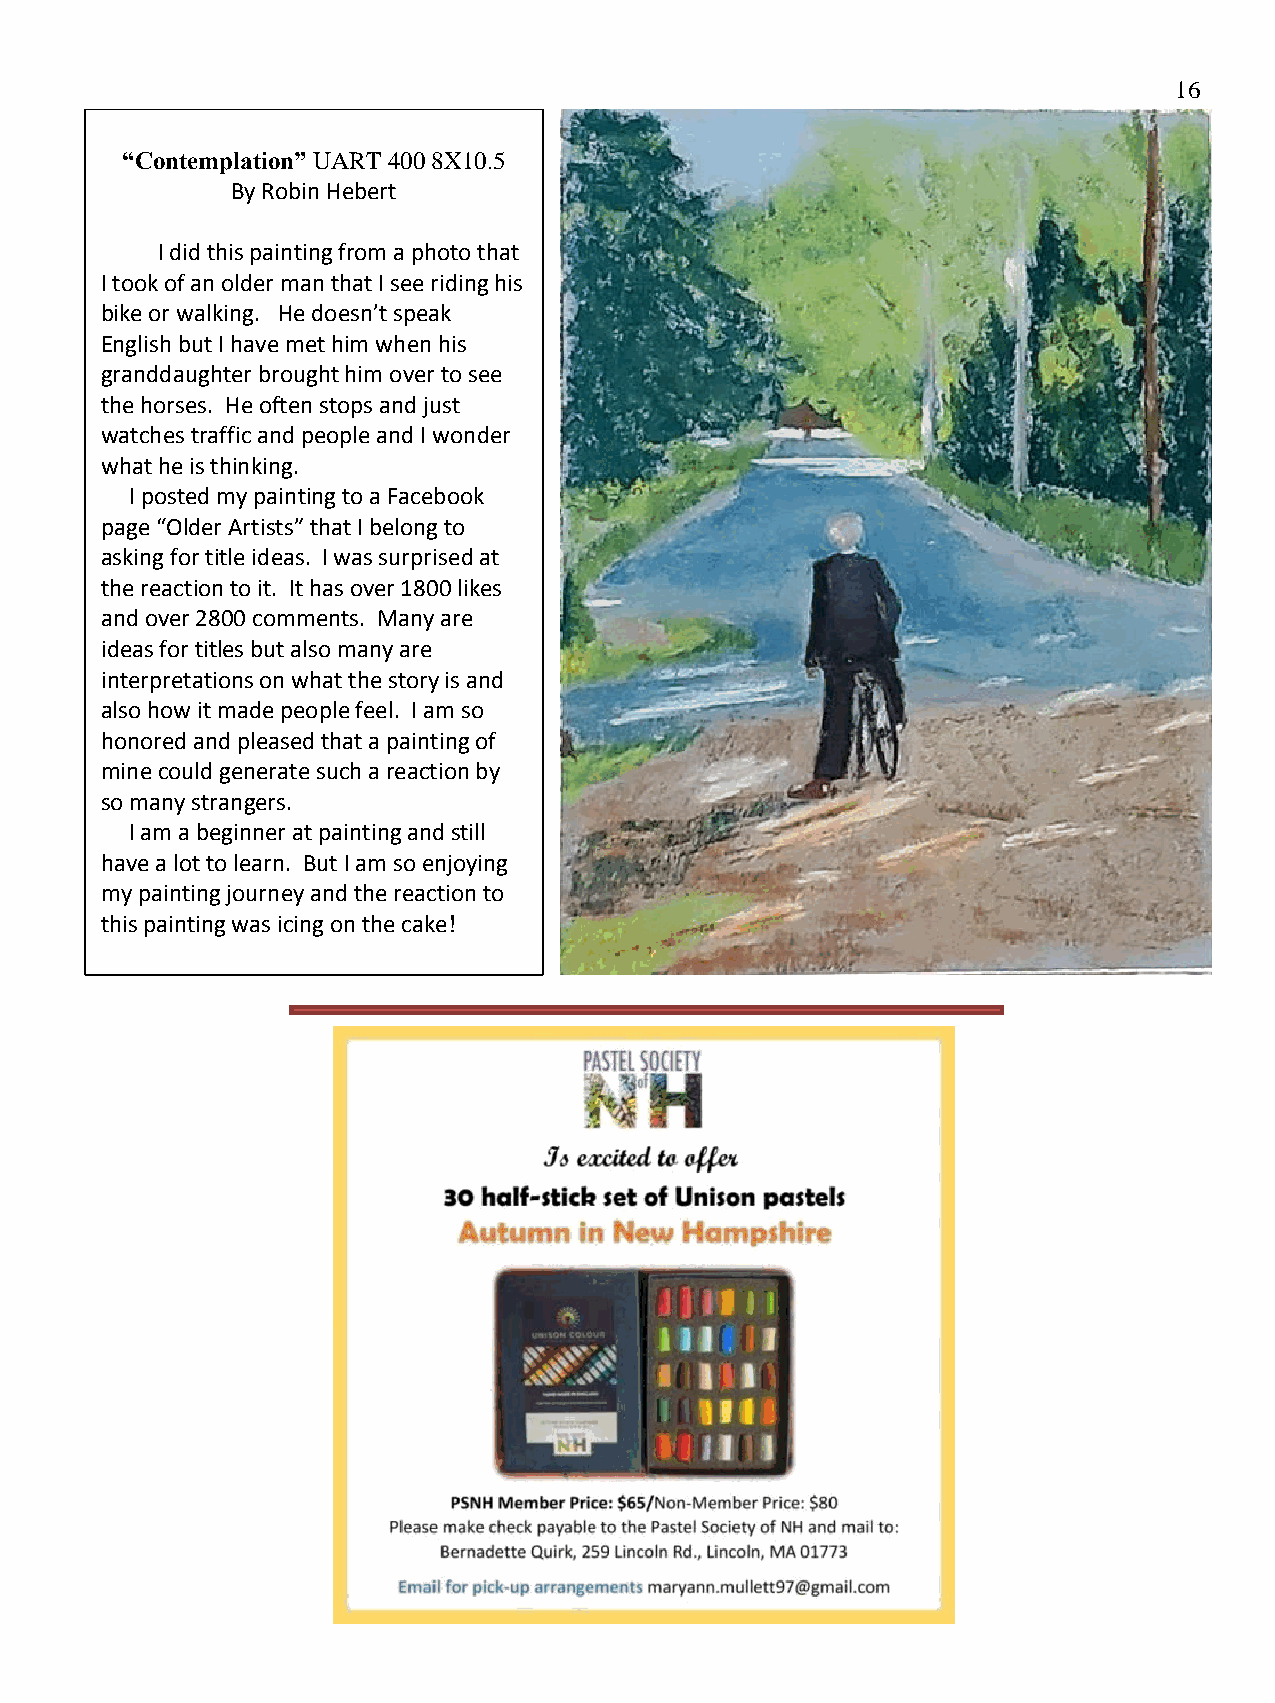
16
 “Contemplation” UART 400 8X10.5
 By Robin Hebert
 I did this painting from a photo that
 I took of an older man that I see riding his
 bike or walking. He doesn’t speak
 English but I have met him when his
 granddaughter brought him over to see
 the horses. He often stops and just
 watches traffic and people and I wonder
 what he is thinking.
 I posted my painting to a Facebook
 page “Older Artists” that I belong to
 asking for title ideas. I was surprised at
 the reaction to it. It has over 1800 likes
 and over 2800 comments. Many are
 ideas for titles but also many are
 interpretations on what the story is and
 also how it made people feel. I am so
 honored and pleased that a painting of
 mine could generate such a reaction by
 so many strangers.
 I am a beginner at painting and still
 have a lot to learn. But I am so enjoying
 my painting journey and the reaction to
 this painting was icing on the cake!